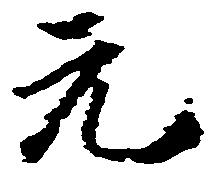
元